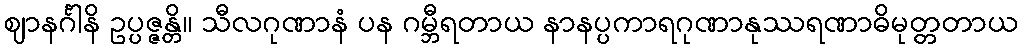
ဈာနင်္ဂါနိ ဥပ္ပဇ္ဇန္တိ။ သီလဂုဏာနံ ပန ဂမ္ဘီရတာယ နာနပ္ပကာရဂုဏာနုဿရဏာဓိမုတ္တတာယ